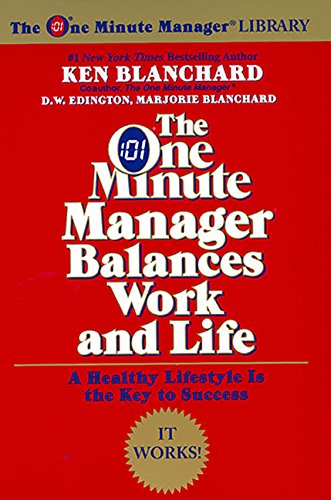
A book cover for The One Minute Manager Balances Work and Life; Ken Blanchard; Business & Money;